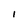
Character: I